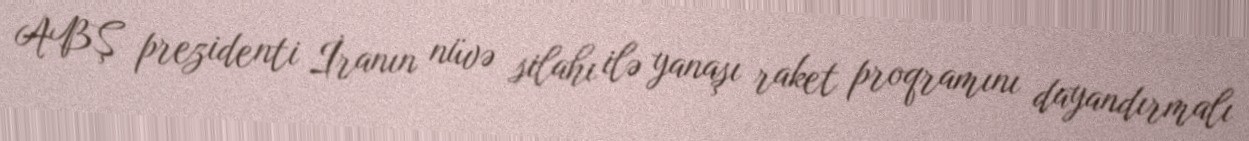
ABŞ prezidenti İranın nüvə silahı ilə yanaşı raket proqramını dayandırmalı